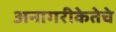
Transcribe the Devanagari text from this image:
अनागरीकेतेचे